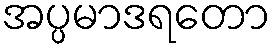
အပ္ပမာဒရတော